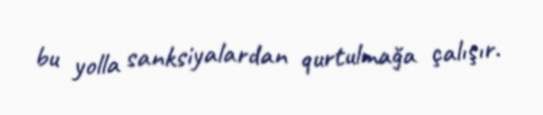
bu yolla sanksiyalardan qurtulmağa çalışır.